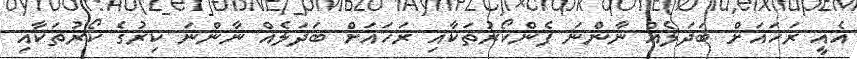
އެއީ ރަހައަށް ބަދަލެއް ނާންނަ ފެންކޯރުތަކާއި ރަހައަށް ބަދަލެއް ނާންނަ ކިރުގެ ކޯރުތަކާއި